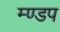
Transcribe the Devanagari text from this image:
म्ण्डप